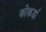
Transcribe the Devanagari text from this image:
कोकर्डा